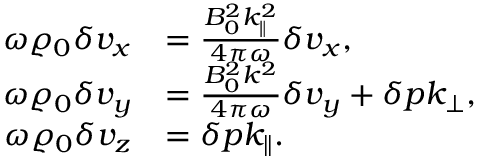
\begin{array} { r l } { \omega \varrho _ { 0 } \delta v _ { x } } & { = \frac { B _ { 0 } ^ { 2 } k _ { \parallel } ^ { 2 } } { 4 \pi \omega } \delta v _ { x } , } \\ { \omega \varrho _ { 0 } \delta v _ { y } } & { = \frac { B _ { 0 } ^ { 2 } k ^ { 2 } } { 4 \pi \omega } \delta v _ { y } + \delta p k _ { \perp } , } \\ { \omega \varrho _ { 0 } \delta v _ { z } } & { = \delta p k _ { \parallel } . } \end{array}